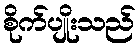
စိုက်ပျိုးသည်